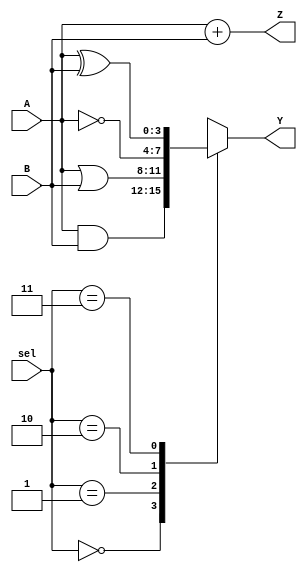
module CombinationalLogicBlock (
    input wire [3:0] A,       // 4-bit input A
    input wire [3:0] B,       // 4-bit input B
    input wire [1:0] sel,     // 2-bit select signal for configuration
    output wire [3:0] Y,      // 4-bit output Y
    output wire [3:0] Z       // 4-bit output Z
);

// Intermediate signals
wire [3:0] and_out;
wire [3:0] or_out;
wire [3:0] not_out;
wire [3:0] xor_out;

// Logic Functions
assign and_out = A & B;     // AND operation
assign or_out  = A | B;     // OR operation
assign not_out = ~A;        // NOT operation
assign xor_out = A ^ B;     // XOR operation

// Configuration using a simple multiplexer
always @(*) begin
    case (sel)
        2'b00: Y = and_out;   // Select AND output
        2'b01: Y = or_out;    // Select OR output
        2'b10: Y = not_out;   // Select NOT output
        2'b11: Y = xor_out;   // Select XOR output
        default: Y = 4'b0000; // Default case
    endcase
end

// Example of another output based on a different logic function
assign Z = A + B; // Example: Sum of A and B (can be modified as needed)

// Timing characteristics (not implemented in Verilog, typically done in constraints file)
// Propagation delays, setup and hold times, etc. would be specified in a separate timing analysis.

endmodule